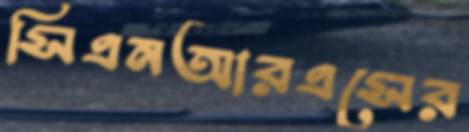
সিএনআরএসের